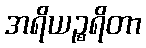
အရိယဉ္စရိတာ